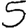
Digit: 5